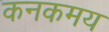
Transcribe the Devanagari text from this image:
कनकमय